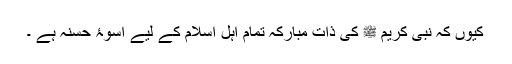
کیوں کہ نبی کریم ﷺ کی ذات ِمبارکہ تمام اہل اسلام کے لیے اسوۂ حسنہ ہے ۔